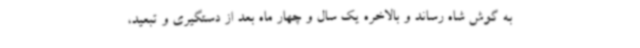
به گوش شاه رساند و بالاخره یک سال و چهار ماه بعد از دستگیری و تبعید،